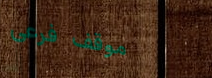
موقف فرعي